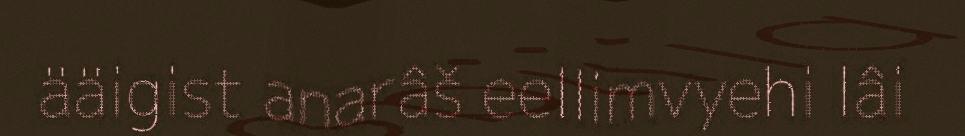
ääigist anarâš eellimvyehi lâi